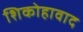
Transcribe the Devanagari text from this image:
शिकोहावाद